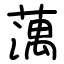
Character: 蕅